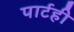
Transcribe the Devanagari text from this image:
पार्टही